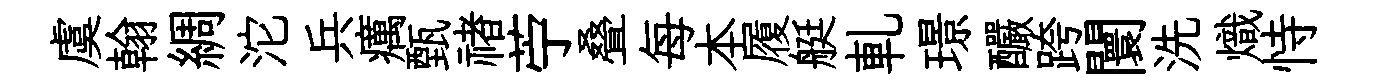
虞翰綢沱兵癘甄禇苧叠每本履艇軋璟釅跨闤洗熾恃